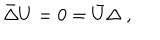
\bar { \Delta } U = 0 = \bar { U } \Delta \ ,